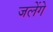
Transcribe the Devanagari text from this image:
जलेंगे